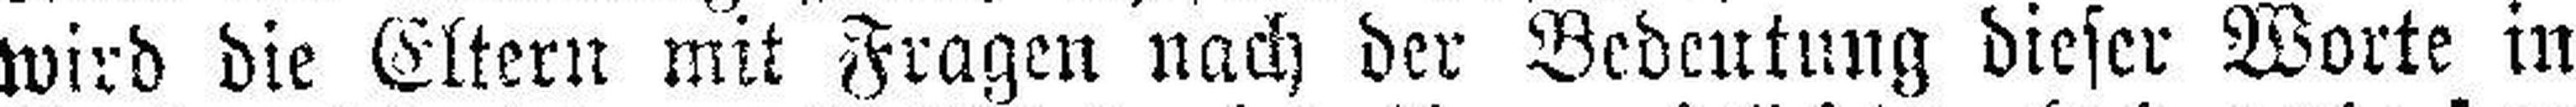
wird die Eltern mit Fragen nach der Bedeutung dieser Worte in